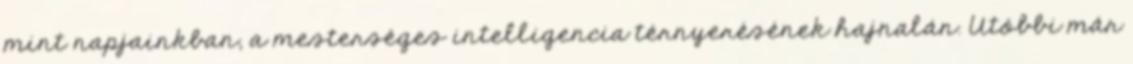
mint napjainkban, a mesterséges intelligencia térnyerésének hajnalán. Utóbbi már